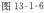
图13-1-6